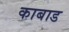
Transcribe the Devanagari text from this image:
काबाड